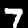
Label: 7